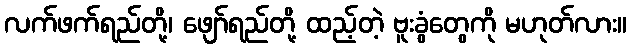
လက်ဖက်ရည်တို့၊ ဖျော်ရည်တို့ ထည့်တဲ့ ဗူးခွံတွေကို မဟုတ်လား။